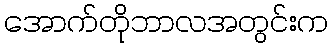
အောက်တိုဘာလအတွင်းက